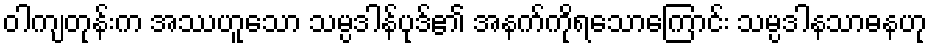
ဝါကျတုန်းက အဿဟူသော သမ္ပဒါန်ပုဒ်၏ အနက်ကိုရသောကြောင်း သမ္ပဒါနသာဓနဟု